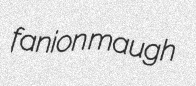
fanion maugh